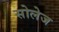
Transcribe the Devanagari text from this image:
सोलेज